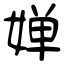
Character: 婵